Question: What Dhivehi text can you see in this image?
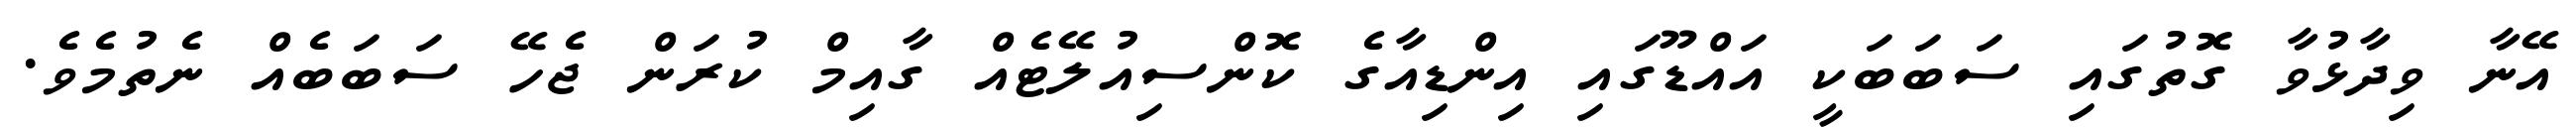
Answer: އޭނާ ވިދާޅުވާ ގޮތުގައި ސަބަބަކީ އައްޑޫގައި އިންޑިއާގެ ކޮންސިއުލޭޓެއް ގާއިމް ކުރަން ޖެހޭ ސަބަބެއް ނެތުމެވެ.